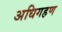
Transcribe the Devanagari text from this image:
अधिगहण